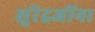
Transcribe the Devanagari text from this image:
सुरेंद्रजींना